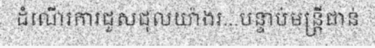
ដំណើរការជួសជុលយ៉ាងរ...បន្ទាប់មន្ត្រីជាន់